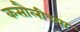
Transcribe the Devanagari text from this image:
कसौलीच्या